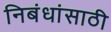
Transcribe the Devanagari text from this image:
निबंधांसाठी